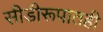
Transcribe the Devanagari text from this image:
सीडीरूपातही